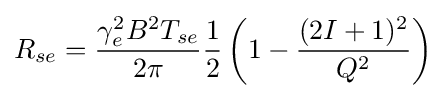
R_{se}={\frac {\gamma _{e}^{2}B^{2}T_{se}}{2\pi }}{\frac {1}{2}}\left(1-{\frac {(2I+1)^{2}}{Q^{2}}}\right)